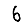
Digit: 6